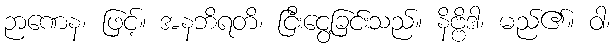
ဉာဏေန၊ ဖြင့်။ အနဘိရတိ၊ ငြီးငွေ့ခြင်းသည်။ နိဗ္ဗိဒါ၊ မည်၏။ ဝါ၊